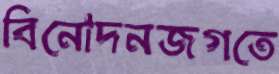
বিনোদনজগতে